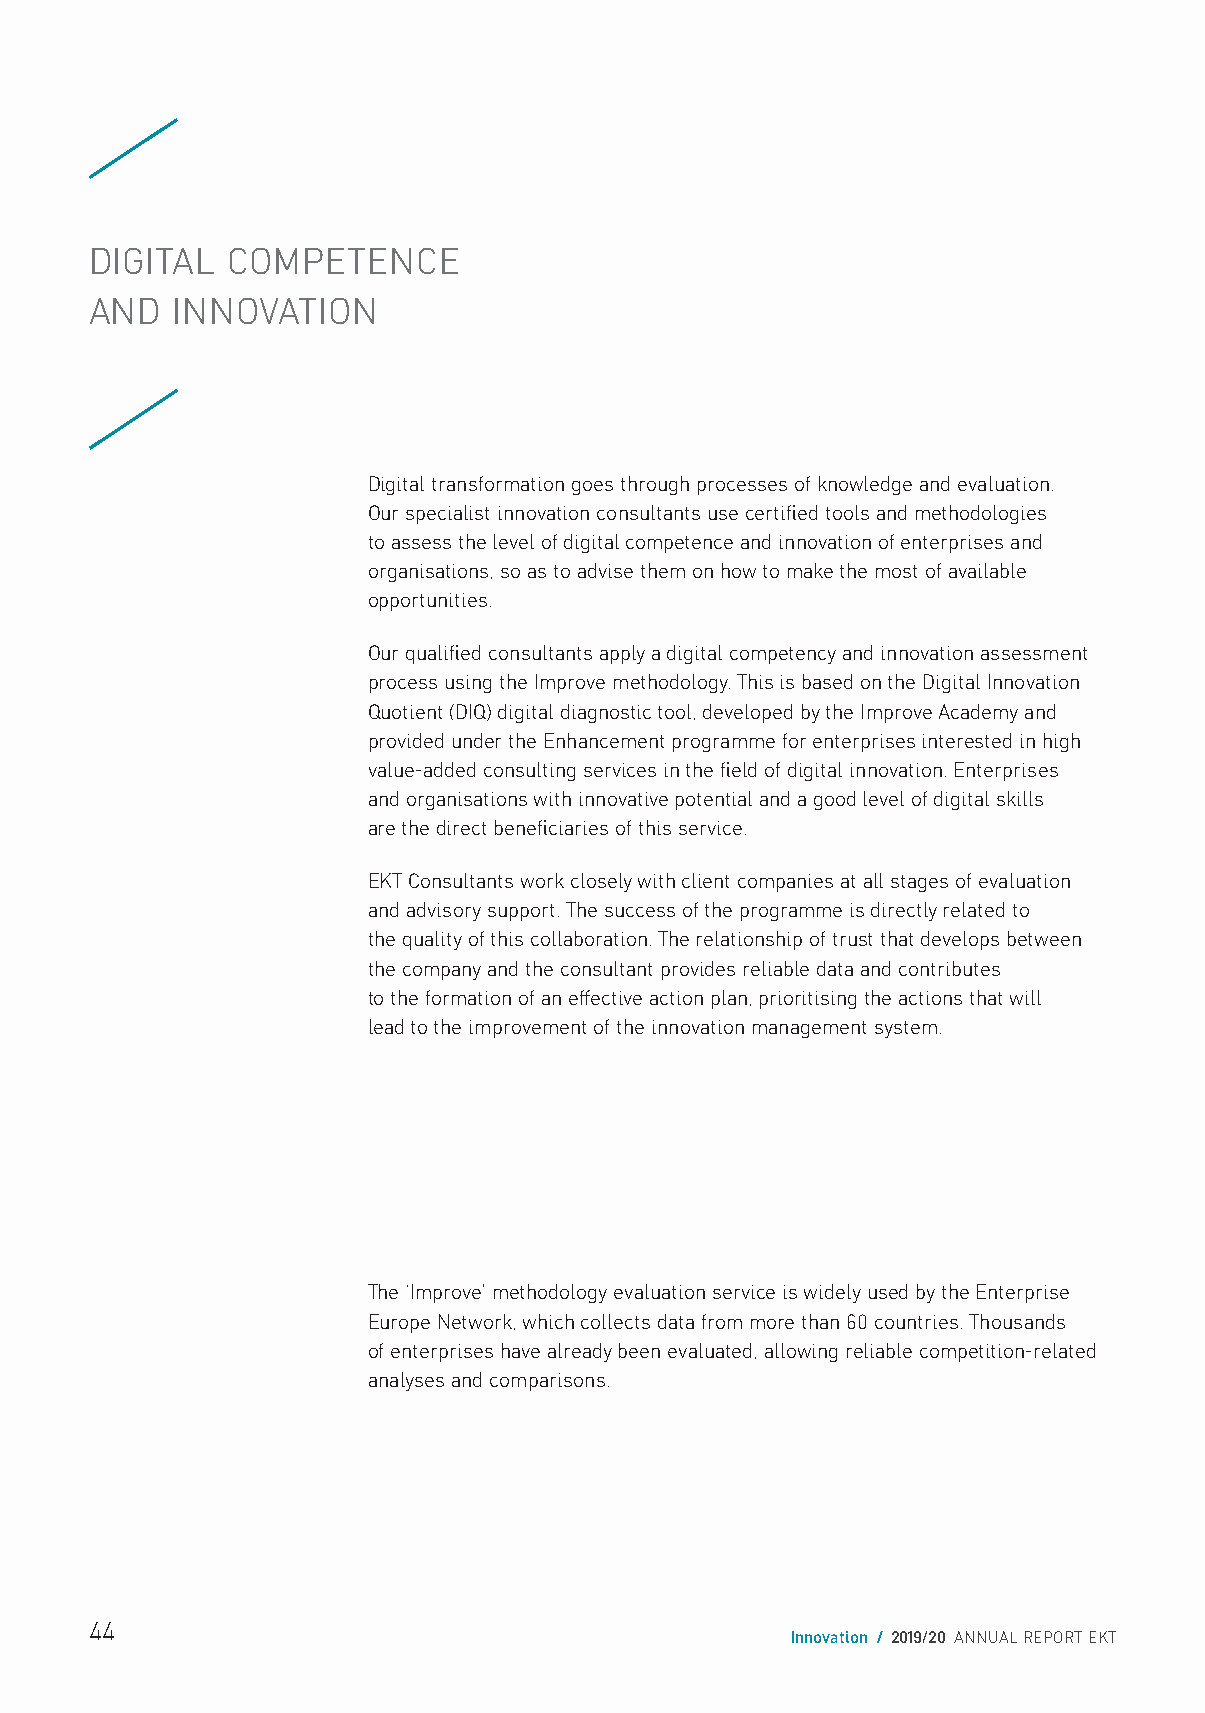
DIGITAL  COMPETENCE
 AND  INNOVATION
 Digital transformation goes through processes of knowledge and evaluation.
 Our specialist innovation consultants use certified tools and methodologies
 to assess the level of digital competence and innovation of enterprises and
 organisations, so as to advise them on how to make the most of available
 opportunities.
 Our qualified consultants apply a digital competency and innovation assessment
 process using the Improve methodology. This is based on the Digital Innovation
 Quotient (DIQ) digital diagnostic tool, developed by the Improve Academy and
 provided under the Enhancement programme for enterprises interested in high
 value-added consulting services in the field of digital innovation. Enterprises
 and organisations with innovative potential and a good level of digital skills
 are the direct beneficiaries of this service.
 EKT Consultants work closely with client companies at all stages of evaluation
 and advisory support. The success of the programme is directly related to
 the quality of this collaboration. The relationship of trust that develops between
 the company and the consultant provides reliable data and contributes
 to the formation of an effective action plan, prioritising the actions that will
 lead to the improvement of the innovation management system.
 The ‘Improve’ methodology evaluation service is widely used by the Enterprise
 Europe Network, which collects data from more than 60 countries. Thousands
 of enterprises have already been evaluated, allowing reliable competition-related
 analyses and comparisons.
 44
 Innovation / 2019/20 ANNUAL REPORT EKT